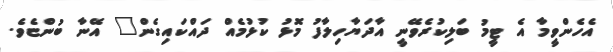
އެހެންވީމާ އެ ޓީމު ބަލިކުރެވޭނީ އާދަޔާހިލާފު މޮޅު ކުޅުމެއް ދައްކައިގެން" އޭނާ ބުންޏެވެ.